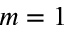
m = 1